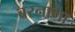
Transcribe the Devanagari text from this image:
बरनामा